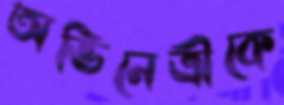
অভিনেত্রীকে